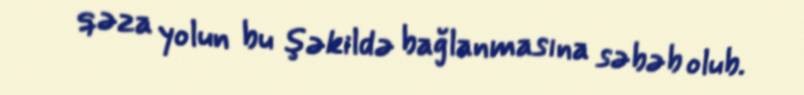
qəza yolun bu şəkildə bağlanmasına səbəb olub.